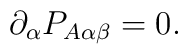
\partial_\alpha P_{A\alpha\beta}=0.